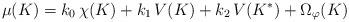
LaTeX: \begin{align*}\mu (K) = k_0 \, \chi (K) + k_1 \, V(K) + k_2 \, V(K^*) + \Omega_{\varphi} (K)\end{align*}